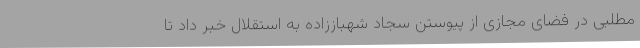
مطلبی در فضای مجازی از پیوستن سجاد شهباززاده به استقلال خبر داد تا